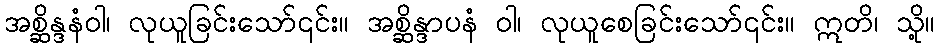
အစ္ဆိန္ဒနံဝါ၊ လုယူခြင်းသော်၎င်း။ အစ္ဆိန္ဒာပနံ ဝါ၊ လုယူစေခြင်းသော်၎င်း။ ဣတိ၊ သို့။